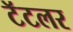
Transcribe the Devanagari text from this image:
टॅटलर